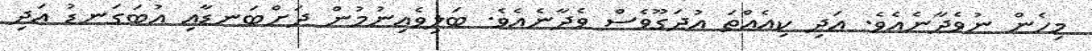
މިހެން ނުވެދާނެއެވެ. އަދި ކިއެއްތަ އުދަގޫވެސް ވެދާނެއެވެ. ބަލިވެއިނުމުން ދަށްބަނޑާއި އުބަގަނޑު އަދި